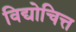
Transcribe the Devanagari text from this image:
विद्योचित्त